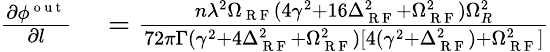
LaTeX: \begin{array}{rl}{\frac{\partial\phi^{\mathrm{~o~u~t~}}}{\partial l}}&{{}=\frac{n\lambda^{2}\Omega_{\mathrm{~R~F~}}(4\gamma^{2}+16\Delta_{\mathrm{~R~F~}}^{2}+\Omega_{\mathrm{~R~F~}}^{2})\Omega_{R}^{2}}{72\pi\Gamma(\gamma^{2}+4\Delta_{\mathrm{~R~F~}}^{2}+\Omega_{\mathrm{~R~F~}}^{2})[4(\gamma^{2}+\Delta_{\mathrm{~R~F~}}^{2})+\Omega_{\mathrm{~R~F~}}^{2}]}}\end{array}